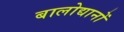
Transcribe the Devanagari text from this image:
बालोद्यानों